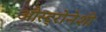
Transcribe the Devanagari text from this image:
औस्ट्रोनेशी